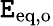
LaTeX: \mathtt{E}_{\mathrm{{eq}},\mathrm{{o}}}